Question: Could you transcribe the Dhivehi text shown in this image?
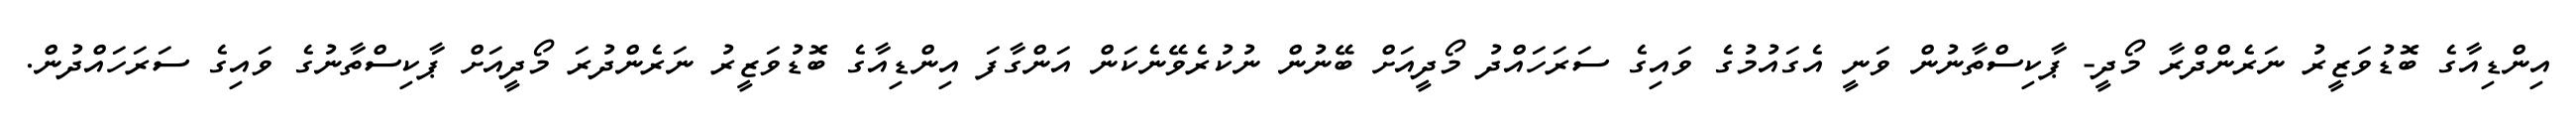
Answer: އިންޑިއާގެ ބޮޑުވަޒީރު ނަރެންދްރާ މޯދީ- ޕާކިސްތާނުން ވަނީ އެގައުމުގެ ވައިގެ ސަރަހައްދު މޯދީއަށް ބޭނުން ނުކުރެވޭނެކަން އަންގާފަ އިންޑިއާގެ ބޮޑުވަޒީރު ނަރެންދުރަ މޯދީއަށް ޕާކިސްތާނުގެ ވައިގެ ސަރަހައްދުން.